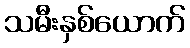
သမီးနှစ်ယောက်